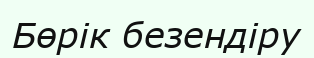
Бөрік безендіру